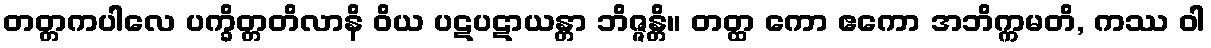
တတ္တကပါလေ ပက္ခိတ္တတိလာနိ ဝိယ ပဋပဋာယန္တာ ဘိဇ္ဇန္တိ။ တတ္ထ ကော ဧကော အဘိက္ကမတိ, ကဿ ဝါ